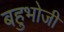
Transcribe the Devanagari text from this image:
बहुभोजी